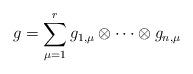
LaTeX: \begin{align*} g = \sum_{\mu=1}^r g_{1,\mu} \otimes \cdots \otimes g_{n,\mu}\end{align*}